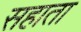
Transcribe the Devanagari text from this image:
सहाता